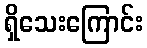
ရှိသေးကြောင်း